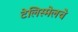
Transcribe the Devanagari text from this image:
टेलिस्मेलचे